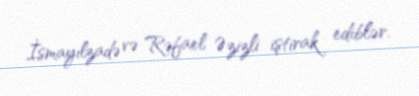
İsmayılzadə və Rəfael Əzizli iştirak ediblər.